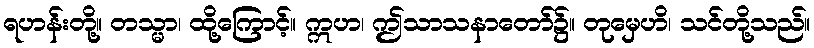
ရဟန်းတို့။ တသ္မာ၊ ထို့ကြောင့်။ ဣဟ၊ ဤသာသနာတော်၌။ တုမှေဟိ၊ သင်တို့သည်။